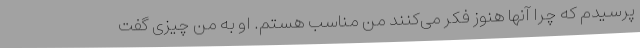
پرسیدم که چرا آنها هنوز فکر می‌کنند من مناسب هستم. او به من چیزی گفت